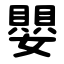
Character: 嬰